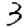
Digit: 3